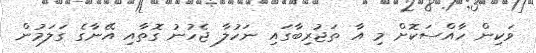
ވަކިން ހާއްސަކޮށް މި އާ ތަޖުރިބާގައި ނަހުލާ ޖެހުނު ގޮތާއި އޭނާގެ ގަލަމުން